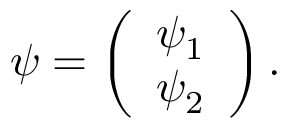
\psi = \left( \begin{array} { l } { { \psi _ { 1 } } } \\ { { \psi _ { 2 } } } \end{array} \right) .